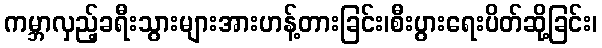
ကမ္ဘာလှည့်ခရီးသွားများအားဟန့်တားခြင်း၊စီးပွားရေးပိတ်ဆို့ခြင်း၊